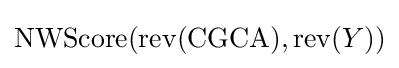
\operatorname {NWScore} (\operatorname {rev} ({\text{CGCA}}),\operatorname {rev} (Y))